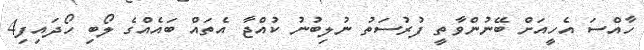
ހާއްސަ އެހީއަށް ބޭނުންވާތީ ފުރުސަތު ނުލިބުނު ކުއްޖާ އެތައް ބައެއްގެ ލޯބި ހޯދައިފި4